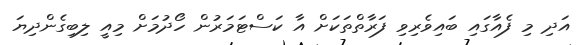
އަދި މި ފެއާގައި ބައިވެރިވި ފަރާތްތަކަށް އާ ކަސްޓަމަރުން ހޯދުމަށް މިއީ ލިބިގެންދިޔަ